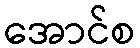
အောင်စ